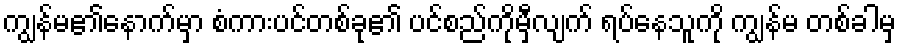
ကျွန်မ၏နောက်မှာ စံကားပင်တစ်ခု၏ ပင်စည်ကိုမှီလျက် ရပ်နေသူကို ကျွန်မ တစ်ခါမှ